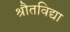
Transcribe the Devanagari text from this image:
श्रौतविद्या